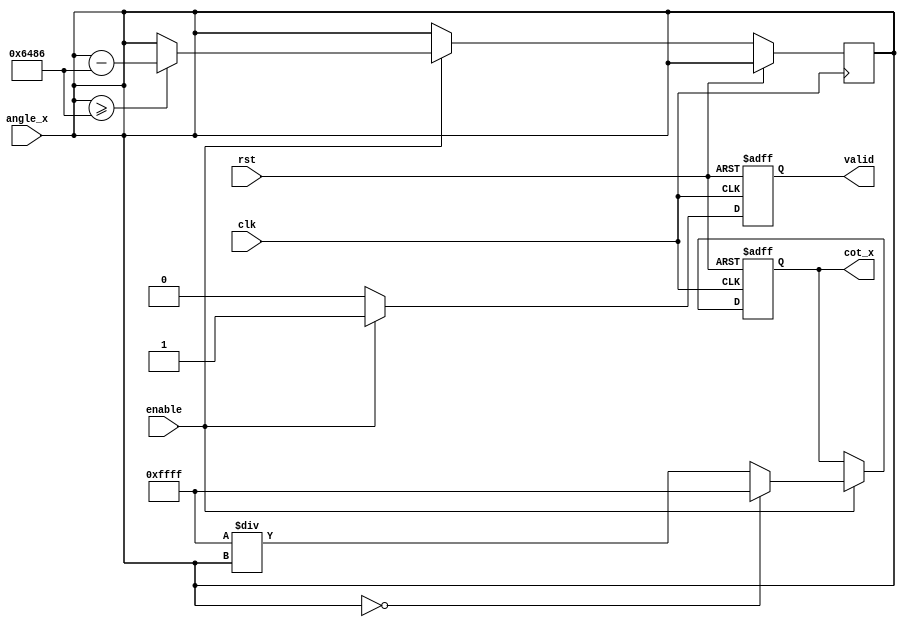
module cotangent (
    input wire clk,
    input wire rst,
    input wire enable,
    input wire [15:0] angle_x, // Fixed-point input angle in radians (16-bit)
    output reg [15:0] cot_x,    // Fixed-point cotangent output (16-bit)
    output reg valid            // Output valid signal
);

    // Internal signals
    reg [15:0] tan_x;
    reg [15:0] tan_x_inv;
    reg tan_zero; // Flag for tan(x) = 0

    // Fixed-point constants
    parameter PI = 16'h3243; //  in fixed-point (16-bit)
    parameter PI_OVER_2 = 16'h1920; // /2 in fixed-point (16-bit)

    // Function to compute tangent using Taylor series (simplified)
    function [15:0] compute_tan;
        input [15:0] angle;
        reg [15:0] tan_value;
        begin
            // For simplicity, using a very basic approximation
            // tan(x)  x for small angles
            // This is a placeholder for a more complex tan calculation
            tan_value = angle; // Replace with actual tan computation
            compute_tan = tan_value;
        end
    endfunction

    // Main computation block
    always @(posedge clk or posedge rst) begin
        if (rst) begin
            cot_x <= 16'h0;
            valid <= 0;
            tan_zero <= 0;
        end else if (enable) begin
            // Normalize angle to [0, 2]
            if (angle_x >= 2 * PI) begin
                angle_x <= angle_x - (2 * PI);
            end

            // Compute tangent
            tan_x = compute_tan(angle_x);

            // Check for tan(x) = 0 (to avoid division by zero)
            if (tan_x == 16'h0) begin
                tan_zero <= 1;
                cot_x <= 16'hFFFF; // Return a predefined error code (e.g., infinity)
            end else begin
                tan_zero <= 0;
                // Compute cotangent as the reciprocal of tangent
                tan_x_inv = 16'hFFFF / tan_x; // Fixed-point division
                cot_x <= tan_x_inv;
            end

            valid <= 1; // Indicate output is valid
        end else begin
            valid <= 0; // Reset valid signal if not enabled
        end
    end

endmodule